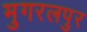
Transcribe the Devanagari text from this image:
मुगरलपुर